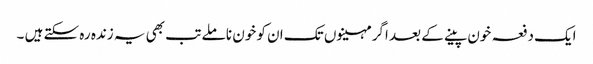
ایک دفعہ خون پینے کے بعد اگر مہینوں تک ان کو خون نا ملے تب بھی یہ زندہ رہ سکتے ہیں ۔